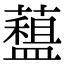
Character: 𧀽